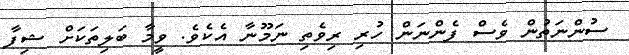
ސުންނަތުން ވެސް ފެންނަން ހުރި ރިވެތި ނަމޫނާ އެކެވެ. ވީމާ ބަލިތަކަށް ޝިފާ